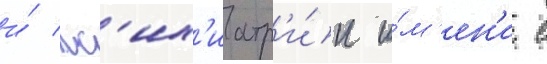
и́ пс'их'иатр'и́и и́м'ен'и с